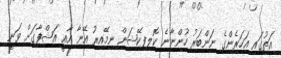
އަތުގައި އަހަރެންގެ ނަންބަރު ހުންނާނެ ކޮލިފިކޭޝަން ނިމޭއިރު އޭނާ އާއީ އަޝްފާގަށް ވަނީ